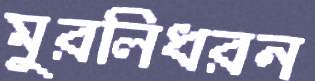
মুরলিধরন